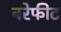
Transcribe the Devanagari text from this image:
बरेफीट